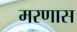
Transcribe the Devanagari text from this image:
मरणास